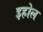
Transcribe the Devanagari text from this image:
इहोल